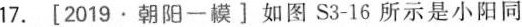
17. [ 2019 · 朝阳一模 ] 如图 S3-16 所示是小阳同